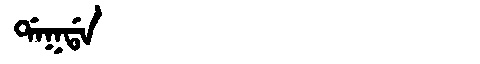
Manchu: ᡩᠠᡴᡩᠠ
Romanization: DAKDA